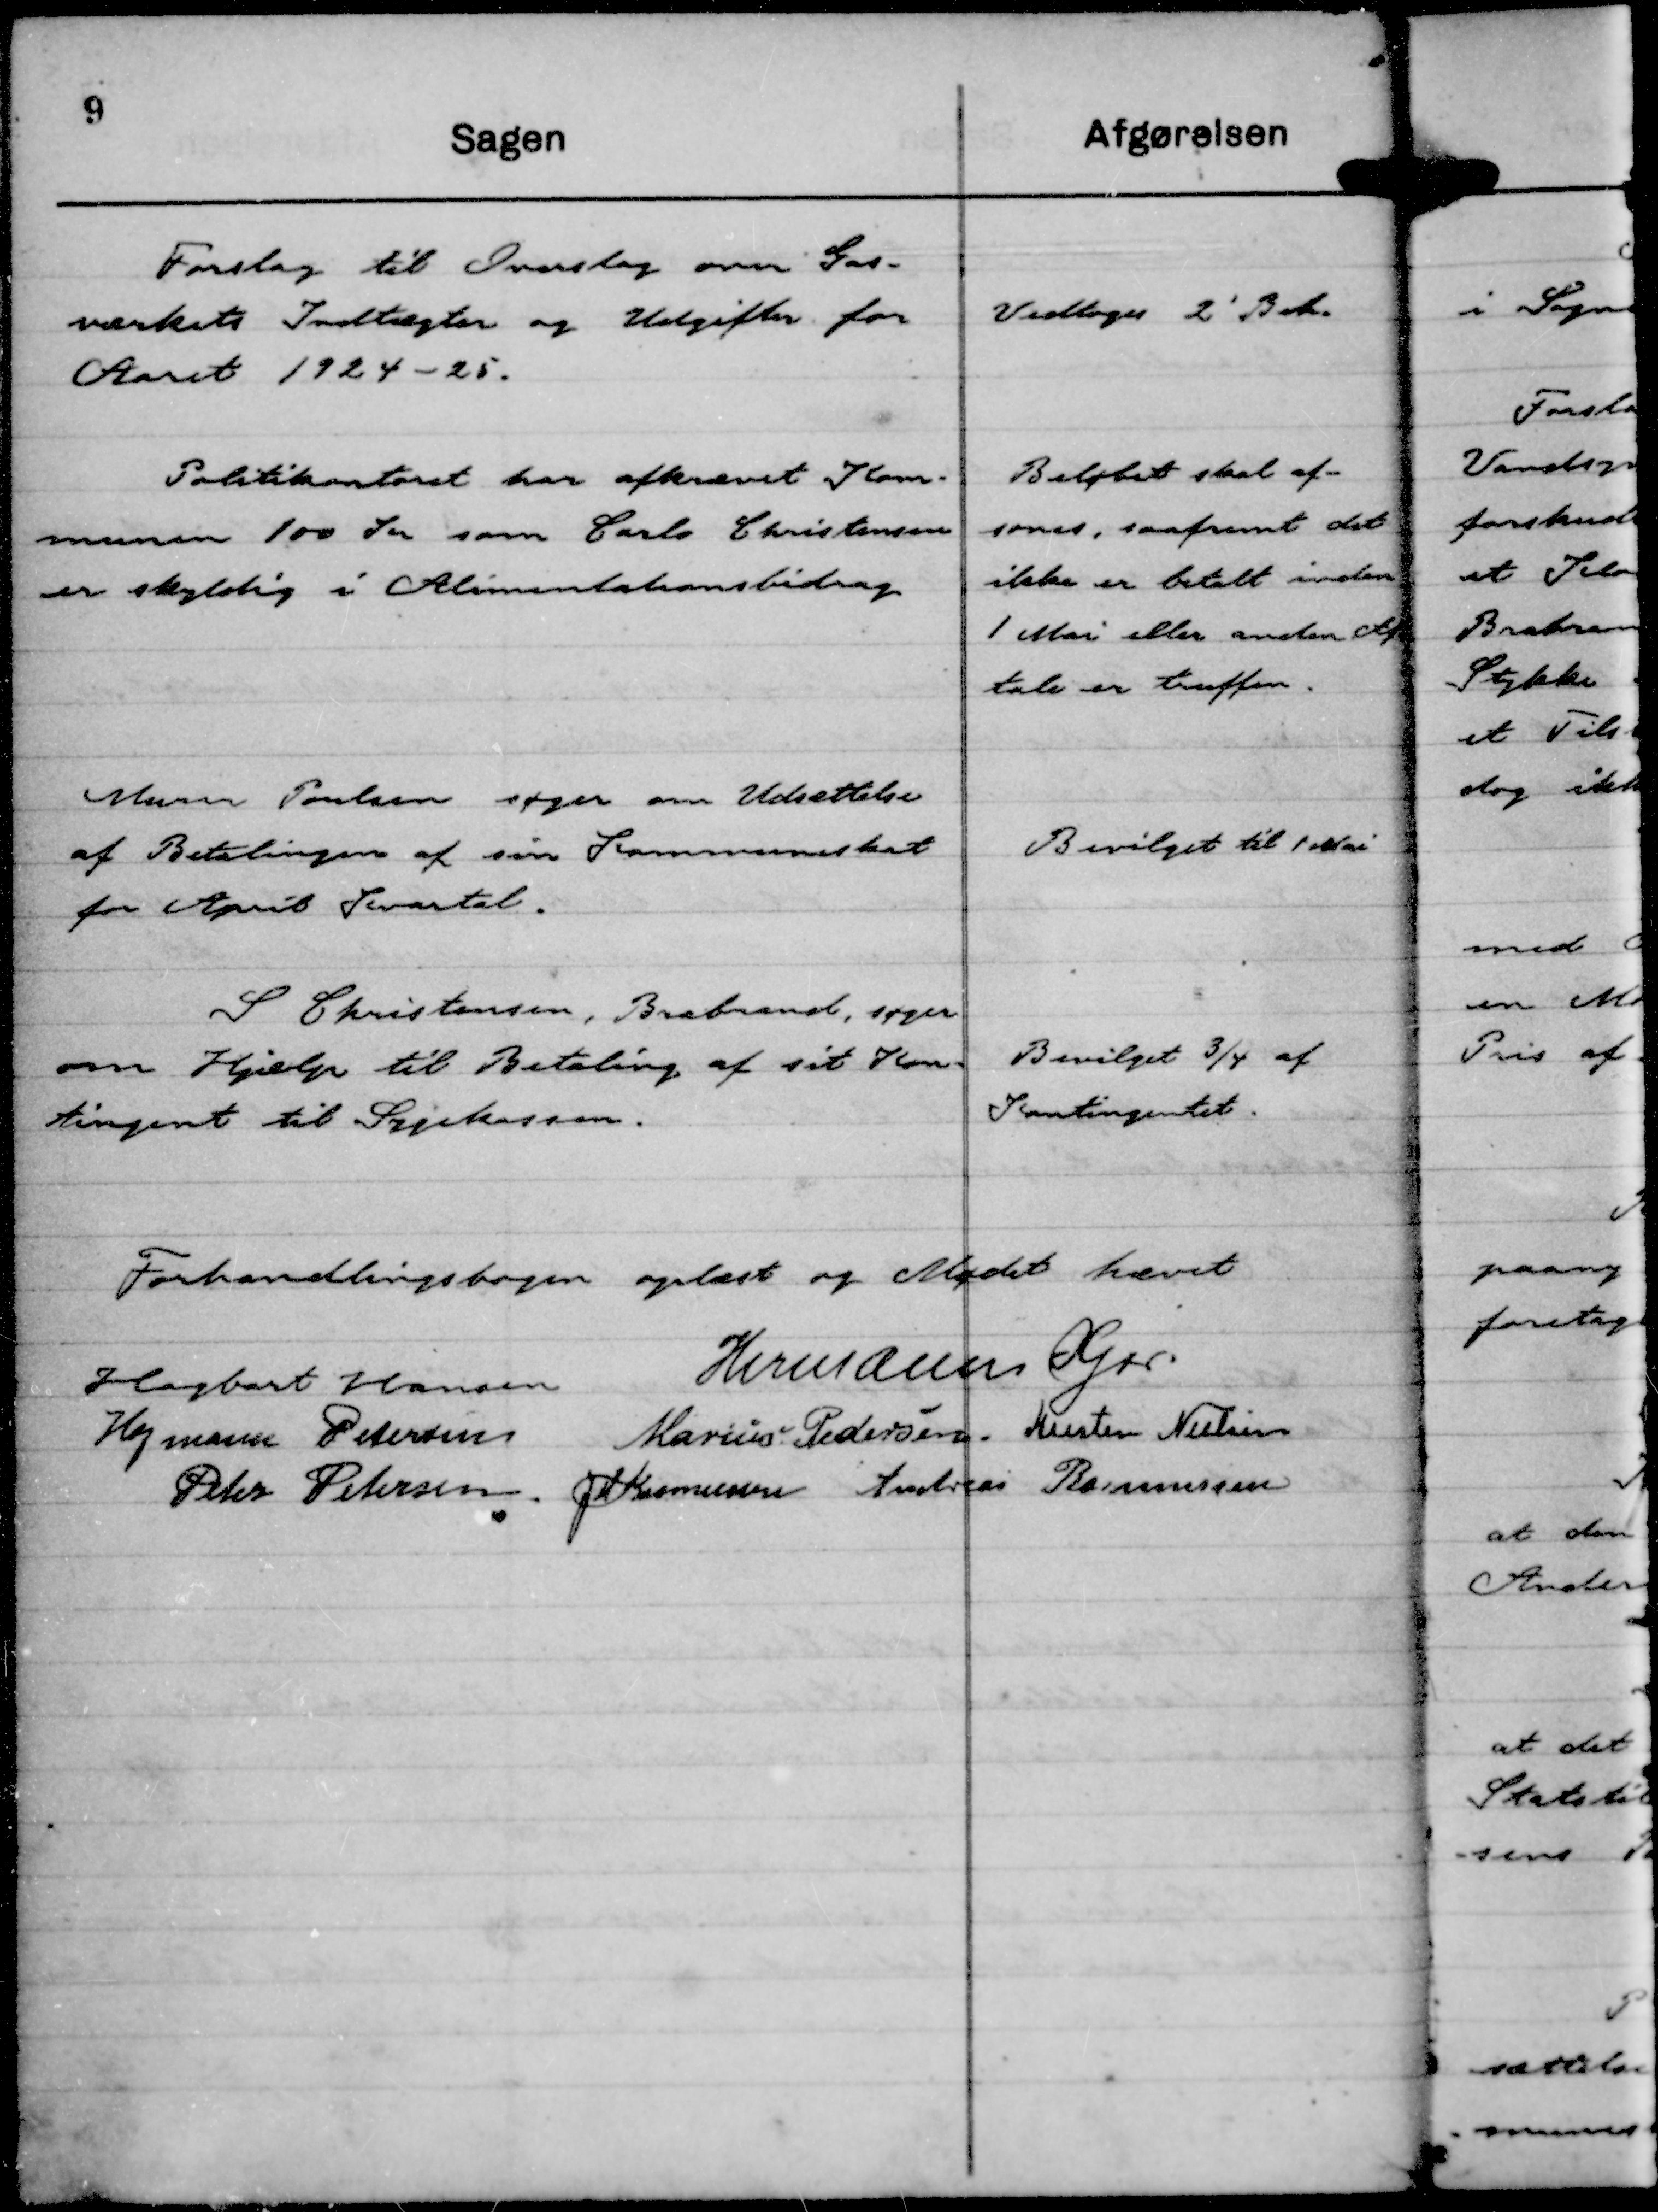
Transskription:
Forslag til Overslag over Gas-
værkets Indtægter og Udgifter for
Aaret 1924 - 25.

Vedtoges 2' Beh.

Politikontoret har afkrævet Kom-
munen 100 Kr som Carlo Christensen
er skyldig i Alimentationsbidrag

Beløbet skal af-
sones, saafremt det
ikke er betalt inden
1 Mai eller anden Af
tale er truffen.

Murer Poulsen søger om Udsættelse
af Betalingen af sin Kommuneskat
for April Kvartal.

Bevilget til 1 Mai

S Christensen, Brabrand, søger
om Hjælp til Betaling af sit Kon-
tingent til Sygekassen.

Bevilget ¾ af
Kontingentet.

Forhandlingsbogen oplæst og Mødet hævet
Hagbart Hansen
Hermann Kjær.
Hofmann Petersen
Marius Pedersen.
Kresten Nielsen
Peter Petersen.
J M Rasmussen
Andreas Rasmussen